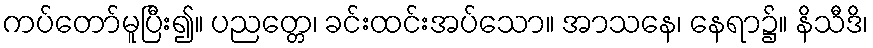
ကပ်တော်မူပြီး၍။ ပညတ္တေ၊ ခင်းထင်းအပ်သော။ အာသနေ၊ နေရာ၌။ နိသီဒိ၊